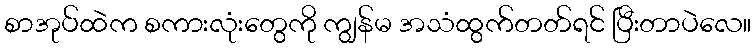
စာအုပ်ထဲက စကားလုံးတွေကို ကျွန်မ အသံထွက်တတ်ရင် ပြီးတာပဲလေ။